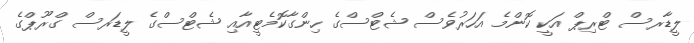
ލީޑާރސް ޓްރިޕް އަކީ ކޮންމެ އަހަރުވެސް ޝެޓްސްގެ ހިންގާކޮމެޓީއާއި ޝެޓްސްގެ ލީޑަރސް ގްރޫޕްގެ